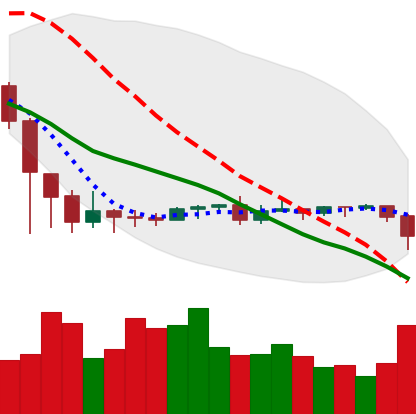
Ticker: ETC-USD
Chart end date: 2020-09-21
Forward return: 10.586%
Label: up_7plus